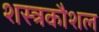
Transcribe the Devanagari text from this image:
शस्त्रकौशल